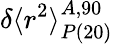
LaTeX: \delta\langle r^{2}\rangle_{P\mathrm{(20)}}^{A,90}